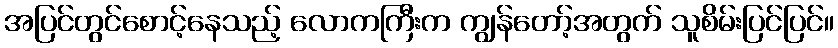
အပြင်တွင်စောင့်နေသည့် လောကကြီးက ကျွန်တော့်အတွက် သူစိမ်းပြင်ပြင်။